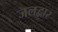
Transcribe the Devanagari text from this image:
जलद्वार